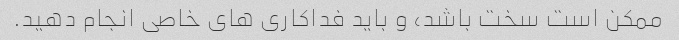
ممکن است سخت باشد، و باید فداکاری های خاصی انجام دهید.